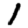
Digit: 1